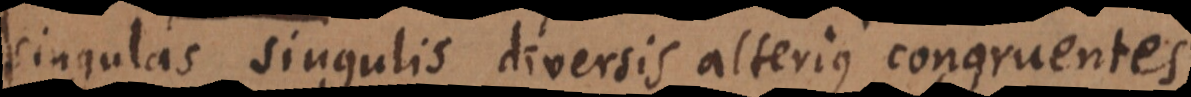
singulas singulis diversis alterius congruentes